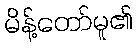
မိန့်တော်မူ၏